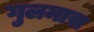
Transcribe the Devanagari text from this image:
गुलमास